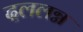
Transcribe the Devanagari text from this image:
दललग्न